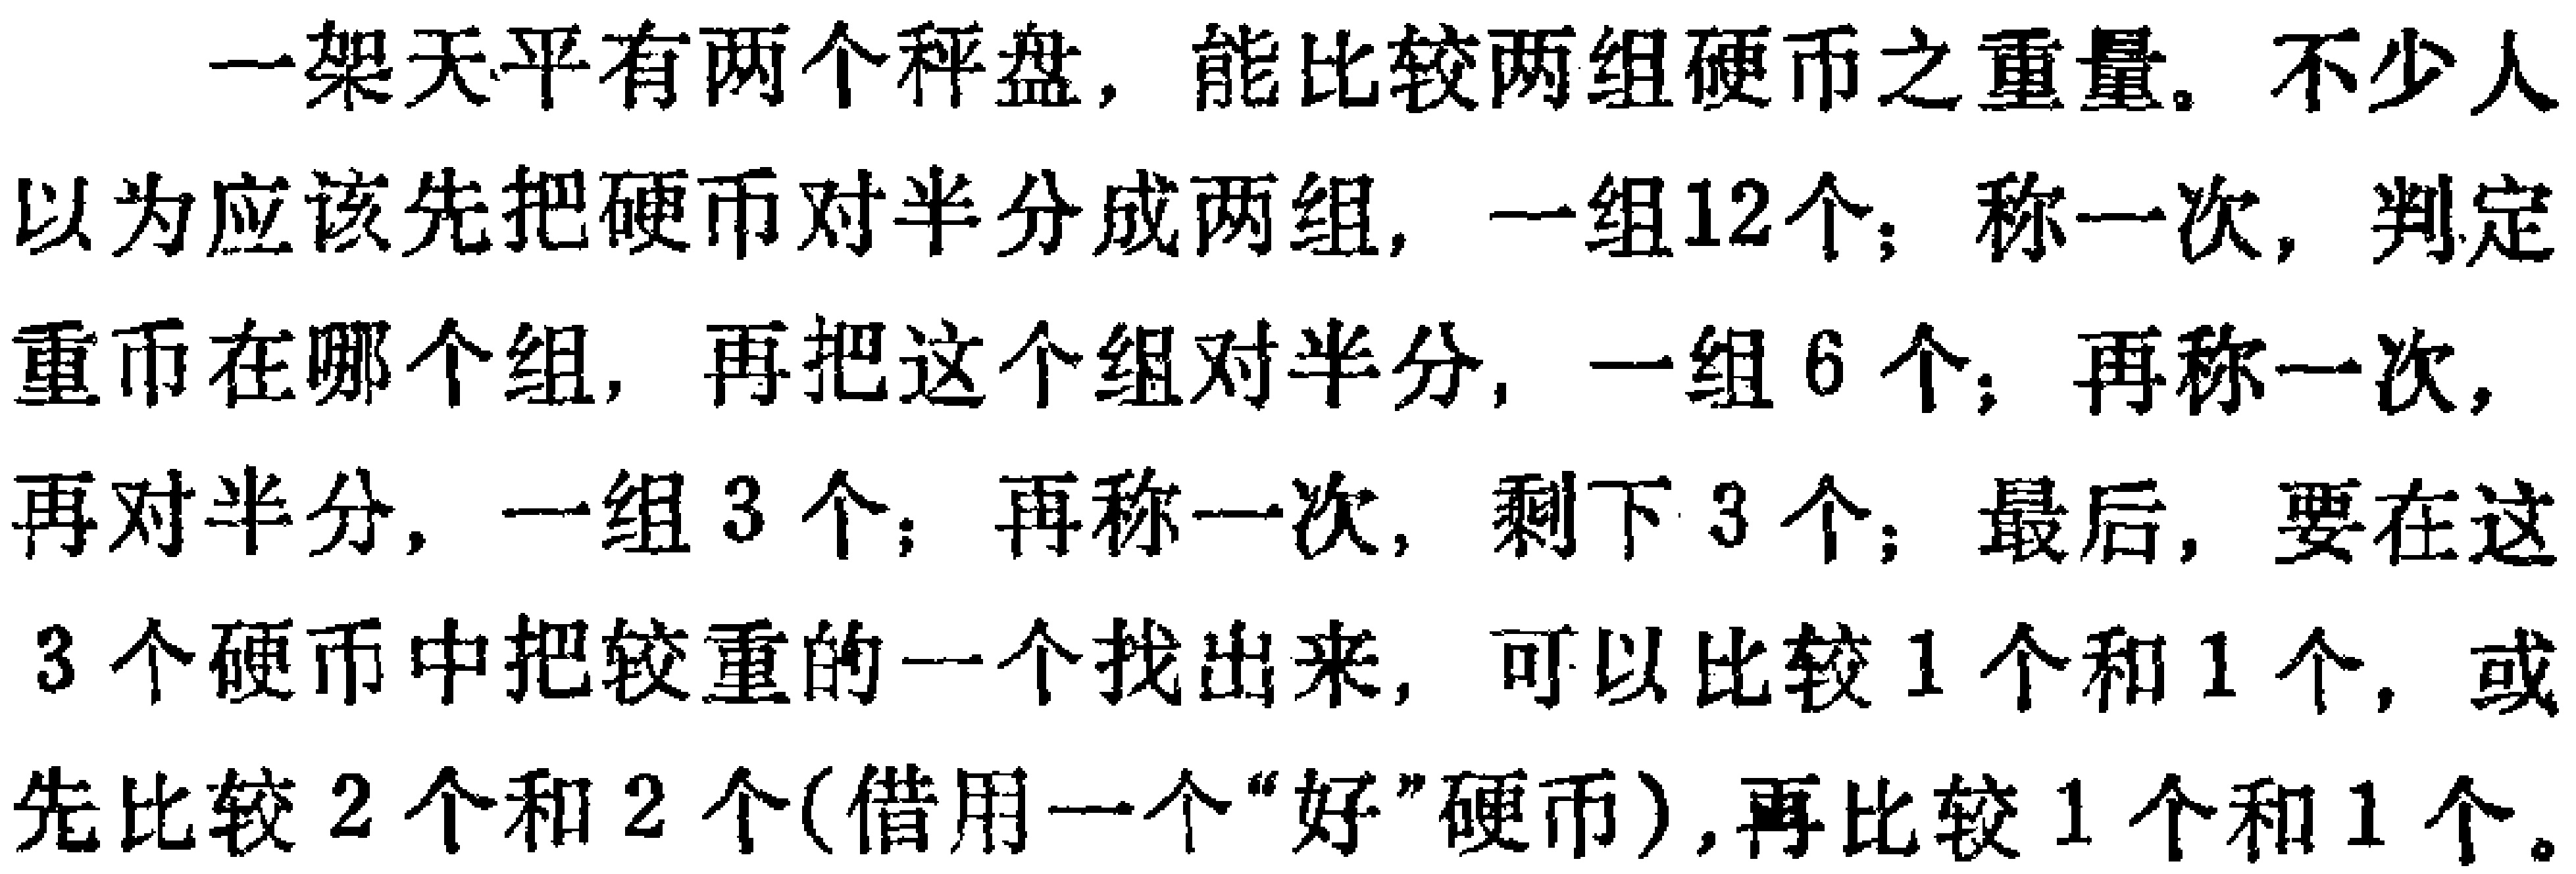
一架天平有两个秤盘，能比较两组硬币之重量。不少人以为应该先把硬币对半分成两组，一组12个；称一次，判定重币在哪个组，再把这个组对半分，一组6个；再称一次，再对半分，一组3个；再称一次，剩下3个；最后，要在这3个硬币中把较重的一个找出来，可以比较1个和1个，或先比较2个和2个(借用一个“好”硬币),再比较1个和1个。